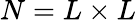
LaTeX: N=L\times L